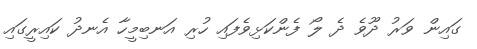
ގައިން ވަރު ދޫވެ ދެ ލޯ ފެންކަޅިވެފައި ހުރި އަނބިމީހާ އެނދު ކައިރީގައި